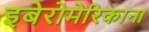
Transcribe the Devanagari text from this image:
इबेरोमेरिकाना